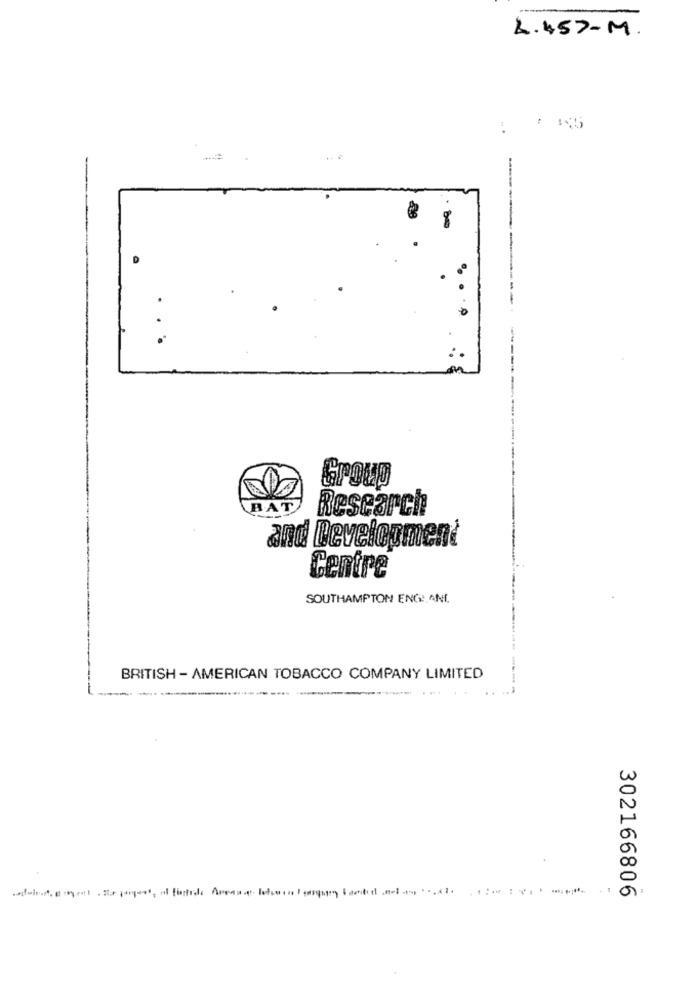
L.457-M.
:
: 15
..
Group
BAT
Research
and Development
Centre
SOUTHAMPTON ENGIANI.
BRITISH - AMERICAN TOBACCO COMPANY LIMITED
302166806